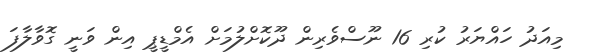
މިއަދު ހައްޔަރު ކުރި 16 ނޫސްވެރިން ދޫކޮށްލުމަށް އެމްޑީޕީ އިން ވަނީ ގޮވާލާފަ